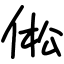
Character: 倯